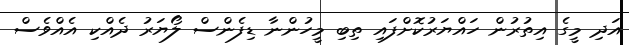
އަދި މީގެ އިތުރުން ހައްޔަރުކޮށްފައި ތިބި މީހުންނާ ޑިފެންސް ލޯޔަރު ދެއްކި އެއްވެސް